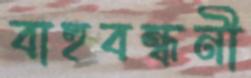
বাহুবন্ধনী